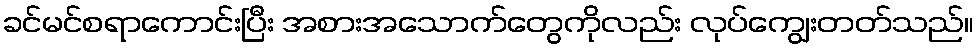
ခင်မင်စရာကောင်းပြီး အစားအသောက်တွေကိုလည်း လုပ်ကျွေးတတ်သည်။